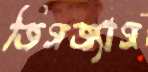
জিগজ্যাগ